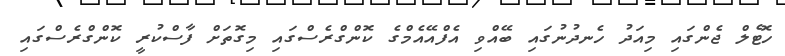
ހޮޓެލް ޖެންގައި މިއަދު ހެނދުނުގައި ބޭއްވި އެފްއޭއެމްގެ ކޮންގްރެސްގައި މިގޮތަށް ފާސްކުރީ ކޮންގްރެސްގައި